Annual administration report of the Civil Veterinary Department, Ajmere-Merwara, British Rajputana - 1914-1940
Year: 1914
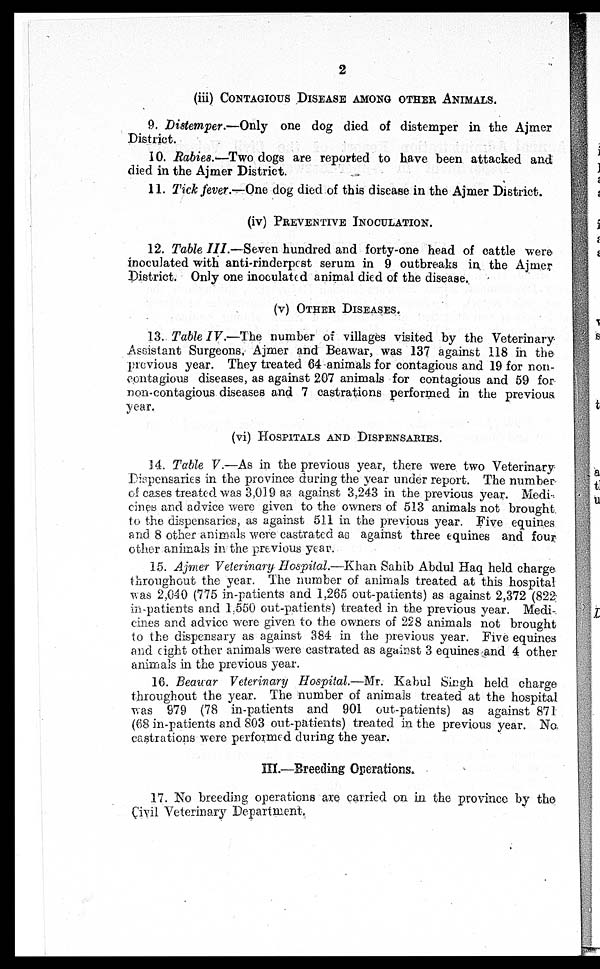
2
(iii) CONTAGIOUS DISEASES MONG OTHER ANIMALS.
9. Distemper.—Only one dog died of distemper in the Ajmer
District.
10. Rabies.—Two dogs are reported to have been attacked and
died in the Ajmer District.
11. Tick fever.—One dog died of this disease in the Ajmer District.
(iv) PREVENTIVE INOCULATION.
12. Table III —Seven hundred and forty-one head of cattle were
inoculated with anti-rinderpest serum in 9 outbreaks in the Ajmer
District. Only one inoculated animal died of the disease.
(v) OTHER DISEASES.
13. Table IV.—The number of villages visited by the Veterinary
Assistant Surgeons. Ajmer and Beawar, was 137 against 118 in the
previous year. They treated 64 animals for contagious and 19 for non-
contagious diseases, as against 207 animals for contagious and 59 for
non-contagious diseases and 7 castrations performed in the previous
year.
(vi)
HOSPITALS AND DISPENSARIES.
14. Table V.—As in the previous year, there were two Veterinary
Dispensaries in the province during the year under report. The number
of cases treated was 3,019 as against 3,243 in the previous year. Medi-
cines and advice were given to the owners of 513 animals not brought
to the dispensaries, as against 511 in the previous year. Five equines
and 8 other animals were castrated as against three equines and four
other animals in the previous year.
15. Ajmer Veterinary Hospital.—Khan Sahib Abdul Haq held charge
throughout the year. The number of animals treated at this hospital
was 2,040 (775 in-patients and 1,265 out-patients) as against 2,372 (822
in-patients and 1,550 out-patients) treated in the previous year. Medi-
cines and advice were given to the owners of 228 animals not brought
to the dispensary as against 384 in the previous year. Five equines
and eight other animals were castrated as against 3 equines and 4 other
animals in the previous year.
16. Beawar Veterinary Hospital.—Mr. Kabul Singh held charge
throughout the year. The number of animals treated at the hospital
was 979 (78 in-patients and 901 out-patients) as against 871
(68 in-patients and 803 out-patients) treated in the previous year. No.
castrations were performed during the year.
III.—Breeding Operations.
17. No breeding operations are carried on in the province by the
Civil Veterinary Department.